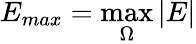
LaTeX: E_{max}=\operatorname*{max}_{\Omega}|E|